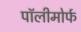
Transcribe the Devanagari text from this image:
पॉलीमोर्फ